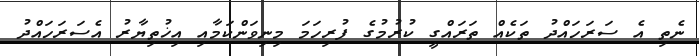
ނެތި އެ ސަރަހައްދު ތަކެއް ތަރައްގީ ކުރުމުގެ ފުރިހަމަ މިނިވަންކަމާއި އިޚުތިޔާރު އެސަރަހައްދު